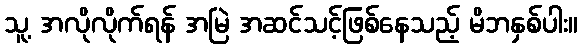
သူ့ အလိုလိုက်ရန် အမြဲ အဆင်သင့်ဖြစ်နေသည့် မိဘနှစ်ပါး။